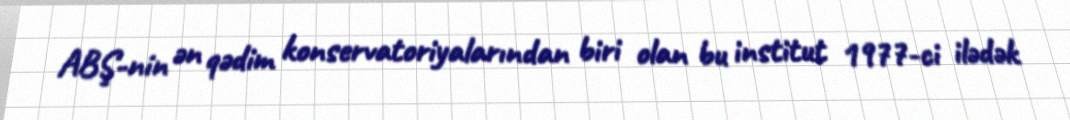
ABŞ-nin ən qədim konservatoriyalarından biri olan bu institut 1977-ci ilədək